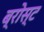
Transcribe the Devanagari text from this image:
ब्रोस्ट